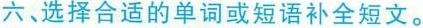
六 选择合适的单词或短语补全短文.